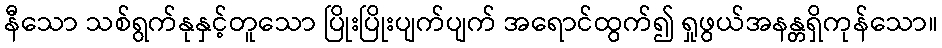
နီသော သစ်ရွက်နုနှင့်တူသော ပြိုးပြိုးပျက်ပျက် အရောင်ထွက်၍ ရှုဖွယ်အနန္တရှိကုန်သော။